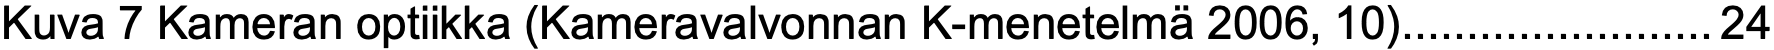
Kuva 7 Kameran optiikka (Kameravalvonnan K-menetelmä 2006, 10)........................24